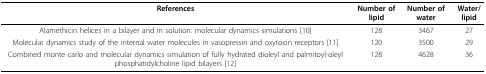
<table><thead><tr><td><b>References</b></td><td><b>Number of lipid</b></td><td><b>Number of water</b></td><td><b>Water/lipid</b></td></tr></thead><tbody><tr><td>Alamethicin helices in a bilayer and in solution: molecular dynamics simulations [10]</td><td>128</td><td>3467</td><td>27</td></tr><tr><td>Molecular dynamics study of the internal water molecules in vasopressin and oxytocin receptors [11]</td><td>120</td><td>3500</td><td>29</td></tr><tr><td>Combined monte carlo and molecular dynamics simulation of fully hydrated dioleyl and palmitoyl-oleyl phosphatidylcholine lipid bilayers [12]</td><td>128</td><td>4628</td><td>36</td></tr></tbody></table>